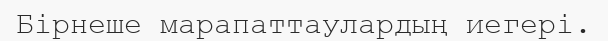
Бірнеше марапаттаулардың иегері.